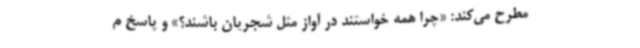
مطرح می‌کند: «چرا همه خواستند در آواز مثل شجریان باشند؟» و پاسخ م